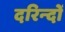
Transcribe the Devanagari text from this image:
दरिन्‍दों